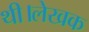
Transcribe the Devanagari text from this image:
थी।लेखक